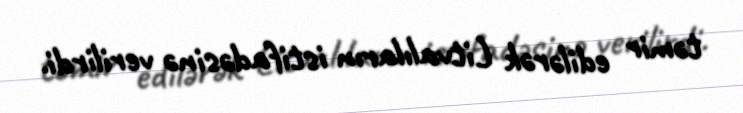
təmir edilərək Litvalıların istifadəsinə verilirdi.